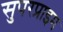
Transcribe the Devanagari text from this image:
सुपरप्राइम